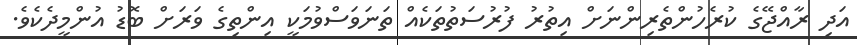
އަދި ރާއްޖޭގެ ކުރެހުންތެރިންނަށް އިތުރު ފުރުސަތުތަކެއް ތަނަވަސްވުމަކީ އިންތިގެ ވަރަށް ބޮޑު އުންމީދެކެވެ.